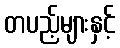
တပည့်များနှင့်